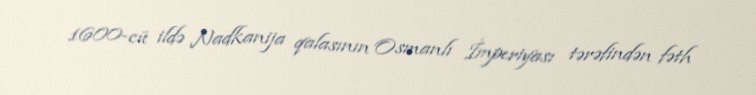
1600-cü ildə Nadkanija qalasının Osmanlı İmperiyası tərəfindən fəth